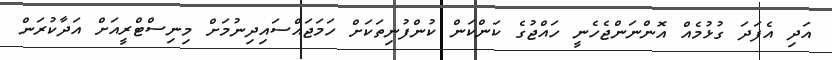
އަދި އެފަދަ ގުޅުމެއް އޮންނަންޖެހެނީ ހައްޖުގެ ކަންކަން ކުންފުނިތަކަށް ހަމަޖައްސައިދިނުމަށް މިނިސްޓްރީއަށް އަދާކުރަން